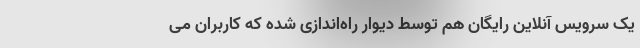
یک سرویس آنلاین رایگان هم توسط دیوار راه‌اندازی شده که کاربران می